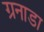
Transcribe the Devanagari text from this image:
ग्रनाडा